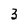
Character: 3